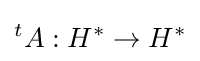
{}^{t}A:H^{*}\to H^{*}